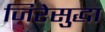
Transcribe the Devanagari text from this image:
जिरेसुद्धा